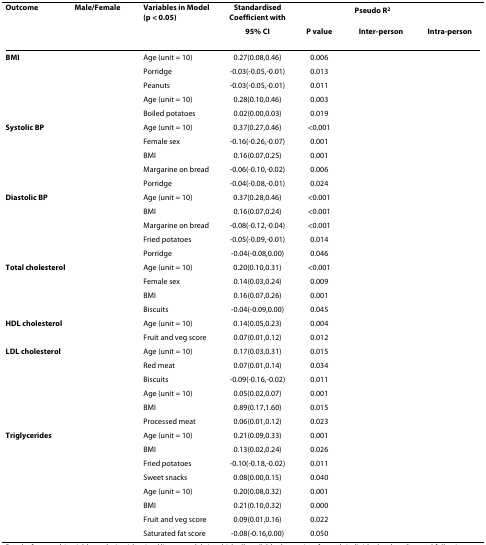
<table><thead><tr><td><b>Outcome</b></td><td><b>Male/Female</b></td><td><b>Variables in Model (p &lt; 0.05)</b></td><td><b>Standardised Coefficient with</b></td><td>[EMPTY_CELL]</td><td colspan="2"><b>Pseudo R<sup>2</sup></b></td></tr><tr><td>[EMPTY_CELL]</td><td>[EMPTY_CELL]</td><td>[EMPTY_CELL]</td><td><b>95% CI</b></td><td><b>P value</b></td><td><b>Inter-person</b></td><td><b>Intra-person</b></td></tr></thead><tbody><tr><td><b>BMI</b></td><td>[EMPTY_CELL]</td><td>Age (unit = 10)</td><td>0.27(0.08,0.46)</td><td>0.006</td><td>[EMPTY_CELL]</td><td>[EMPTY_CELL]</td></tr><tr><td>[EMPTY_CELL]</td><td>[EMPTY_CELL]</td><td>Porridge</td><td>-0.03(-0.05,-0.01)</td><td>0.013</td><td>[EMPTY_CELL]</td><td>[EMPTY_CELL]</td></tr><tr><td>[EMPTY_CELL]</td><td>[EMPTY_CELL]</td><td>Peanuts</td><td>-0.03(-0.05,-0.01)</td><td>0.011</td><td>[EMPTY_CELL]</td><td>[EMPTY_CELL]</td></tr><tr><td>[EMPTY_CELL]</td><td>[EMPTY_CELL]</td><td>Age (unit = 10)</td><td>0.28(0.10,0.46)</td><td>0.003</td><td>[EMPTY_CELL]</td><td>[EMPTY_CELL]</td></tr><tr><td>[EMPTY_CELL]</td><td>[EMPTY_CELL]</td><td>Boiled potatoes</td><td>0.02(0.00,0.03)</td><td>0.019</td><td>[EMPTY_CELL]</td><td>[EMPTY_CELL]</td></tr><tr><td><b>Systolic BP</b></td><td>[EMPTY_CELL]</td><td>Age (unit = 10)</td><td>0.37(0.27,0.46)</td><td>&lt;0.001</td><td>[EMPTY_CELL]</td><td>[EMPTY_CELL]</td></tr><tr><td>[EMPTY_CELL]</td><td>[EMPTY_CELL]</td><td>Female sex</td><td>-0.16(-0.26,-0.07)</td><td>0.001</td><td>[EMPTY_CELL]</td><td>[EMPTY_CELL]</td></tr><tr><td>[EMPTY_CELL]</td><td>[EMPTY_CELL]</td><td>BMI</td><td>0.16(0.07,0.25)</td><td>0.001</td><td>[EMPTY_CELL]</td><td>[EMPTY_CELL]</td></tr><tr><td>[EMPTY_CELL]</td><td>[EMPTY_CELL]</td><td>Margarine on bread</td><td>-0.06(-0.10,-0.02)</td><td>0.006</td><td>[EMPTY_CELL]</td><td>[EMPTY_CELL]</td></tr><tr><td>[EMPTY_CELL]</td><td>[EMPTY_CELL]</td><td>Porridge</td><td>-0.04(-0.08,-0.01)</td><td>0.024</td><td>[EMPTY_CELL]</td><td>[EMPTY_CELL]</td></tr><tr><td><b>Diastolic BP</b></td><td>[EMPTY_CELL]</td><td>Age (unit = 10)</td><td>0.37(0.28,0.46)</td><td>&lt;0.001</td><td>[EMPTY_CELL]</td><td>[EMPTY_CELL]</td></tr><tr><td>[EMPTY_CELL]</td><td>[EMPTY_CELL]</td><td>BMI</td><td>0.16(0.07,0.24)</td><td>&lt;0.001</td><td>[EMPTY_CELL]</td><td>[EMPTY_CELL]</td></tr><tr><td>[EMPTY_CELL]</td><td>[EMPTY_CELL]</td><td>Margarine on bread</td><td>-0.08(-0.12,-0.04)</td><td>&lt;0.001</td><td>[EMPTY_CELL]</td><td>[EMPTY_CELL]</td></tr><tr><td>[EMPTY_CELL]</td><td>[EMPTY_CELL]</td><td>Fried potatoes</td><td>-0.05(-0.09,-0.01)</td><td>0.014</td><td>[EMPTY_CELL]</td><td>[EMPTY_CELL]</td></tr><tr><td>[EMPTY_CELL]</td><td>[EMPTY_CELL]</td><td>Porridge</td><td>-0.04(-0.08,0.00)</td><td>0.046</td><td>[EMPTY_CELL]</td><td>[EMPTY_CELL]</td></tr><tr><td><b>Total cholesterol</b></td><td>[EMPTY_CELL]</td><td>Age (unit = 10)</td><td>0.20(0.10,0.31)</td><td>&lt;0.001</td><td>[EMPTY_CELL]</td><td>[EMPTY_CELL]</td></tr><tr><td>[EMPTY_CELL]</td><td>[EMPTY_CELL]</td><td>Female sex</td><td>0.14(0.03,0.24)</td><td>0.009</td><td>[EMPTY_CELL]</td><td>[EMPTY_CELL]</td></tr><tr><td>[EMPTY_CELL]</td><td>[EMPTY_CELL]</td><td>BMI</td><td>0.16(0.07,0.26)</td><td>0.001</td><td>[EMPTY_CELL]</td><td>[EMPTY_CELL]</td></tr><tr><td>[EMPTY_CELL]</td><td>[EMPTY_CELL]</td><td>Biscuits</td><td>-0.04(-0.09,0.00)</td><td>0.045</td><td>[EMPTY_CELL]</td><td>[EMPTY_CELL]</td></tr><tr><td><b>HDL cholesterol</b></td><td>[EMPTY_CELL]</td><td>Age (unit = 10)</td><td>0.14(0.05,0.23)</td><td>0.004</td><td>[EMPTY_CELL]</td><td>[EMPTY_CELL]</td></tr><tr><td>[EMPTY_CELL]</td><td>[EMPTY_CELL]</td><td>Fruit and veg score</td><td>0.07(0.01,0.12)</td><td>0.012</td><td>[EMPTY_CELL]</td><td>[EMPTY_CELL]</td></tr><tr><td><b>LDL cholesterol</b></td><td>[EMPTY_CELL]</td><td>Age (unit = 10)</td><td>0.17(0.03,0.31)</td><td>0.015</td><td>[EMPTY_CELL]</td><td>[EMPTY_CELL]</td></tr><tr><td>[EMPTY_CELL]</td><td>[EMPTY_CELL]</td><td>Red meat</td><td>0.07(0.01,0.14)</td><td>0.034</td><td>[EMPTY_CELL]</td><td>[EMPTY_CELL]</td></tr><tr><td>[EMPTY_CELL]</td><td>[EMPTY_CELL]</td><td>Biscuits</td><td>-0.09(-0.16,-0.02)</td><td>0.011</td><td>[EMPTY_CELL]</td><td>[EMPTY_CELL]</td></tr><tr><td>[EMPTY_CELL]</td><td>[EMPTY_CELL]</td><td>Age (unit = 10)</td><td>0.05(0.02,0.07)</td><td>0.001</td><td>[EMPTY_CELL]</td><td>[EMPTY_CELL]</td></tr><tr><td>[EMPTY_CELL]</td><td>[EMPTY_CELL]</td><td>BMI</td><td>0.89(0.17,1.60)</td><td>0.015</td><td>[EMPTY_CELL]</td><td>[EMPTY_CELL]</td></tr><tr><td>[EMPTY_CELL]</td><td>[EMPTY_CELL]</td><td>Processed meat</td><td>0.06(0.01,0.12)</td><td>0.023</td><td>[EMPTY_CELL]</td><td>[EMPTY_CELL]</td></tr><tr><td><b>Triglycerides</b></td><td>[EMPTY_CELL]</td><td>Age (unit = 10)</td><td>0.21(0.09,0.33)</td><td>0.001</td><td>[EMPTY_CELL]</td><td>[EMPTY_CELL]</td></tr><tr><td>[EMPTY_CELL]</td><td>[EMPTY_CELL]</td><td>BMI</td><td>0.13(0.02,0.24)</td><td>0.026</td><td>[EMPTY_CELL]</td><td>[EMPTY_CELL]</td></tr><tr><td>[EMPTY_CELL]</td><td>[EMPTY_CELL]</td><td>Fried potatoes</td><td>-0.10(-0.18,-0.02)</td><td>0.011</td><td>[EMPTY_CELL]</td><td>[EMPTY_CELL]</td></tr><tr><td>[EMPTY_CELL]</td><td>[EMPTY_CELL]</td><td>Sweet snacks</td><td>0.08(0.00,0.15)</td><td>0.040</td><td>[EMPTY_CELL]</td><td>[EMPTY_CELL]</td></tr><tr><td>[EMPTY_CELL]</td><td>[EMPTY_CELL]</td><td>Age (unit = 10)</td><td>0.20(0.08,0.32)</td><td>0.001</td><td>[EMPTY_CELL]</td><td>[EMPTY_CELL]</td></tr><tr><td>[EMPTY_CELL]</td><td>[EMPTY_CELL]</td><td>BMI</td><td>0.21(0.10,0.32)</td><td>0.000</td><td>[EMPTY_CELL]</td><td>[EMPTY_CELL]</td></tr><tr><td>[EMPTY_CELL]</td><td>[EMPTY_CELL]</td><td>Fruit and veg score</td><td>0.09(0.01,0.16)</td><td>0.022</td><td>[EMPTY_CELL]</td><td>[EMPTY_CELL]</td></tr><tr><td>[EMPTY_CELL]</td><td>[EMPTY_CELL]</td><td>Saturated fat score</td><td>-0.08(-0.16,0.00)</td><td>0.050</td><td>[EMPTY_CELL]</td><td>[EMPTY_CELL]</td></tr></tbody></table>